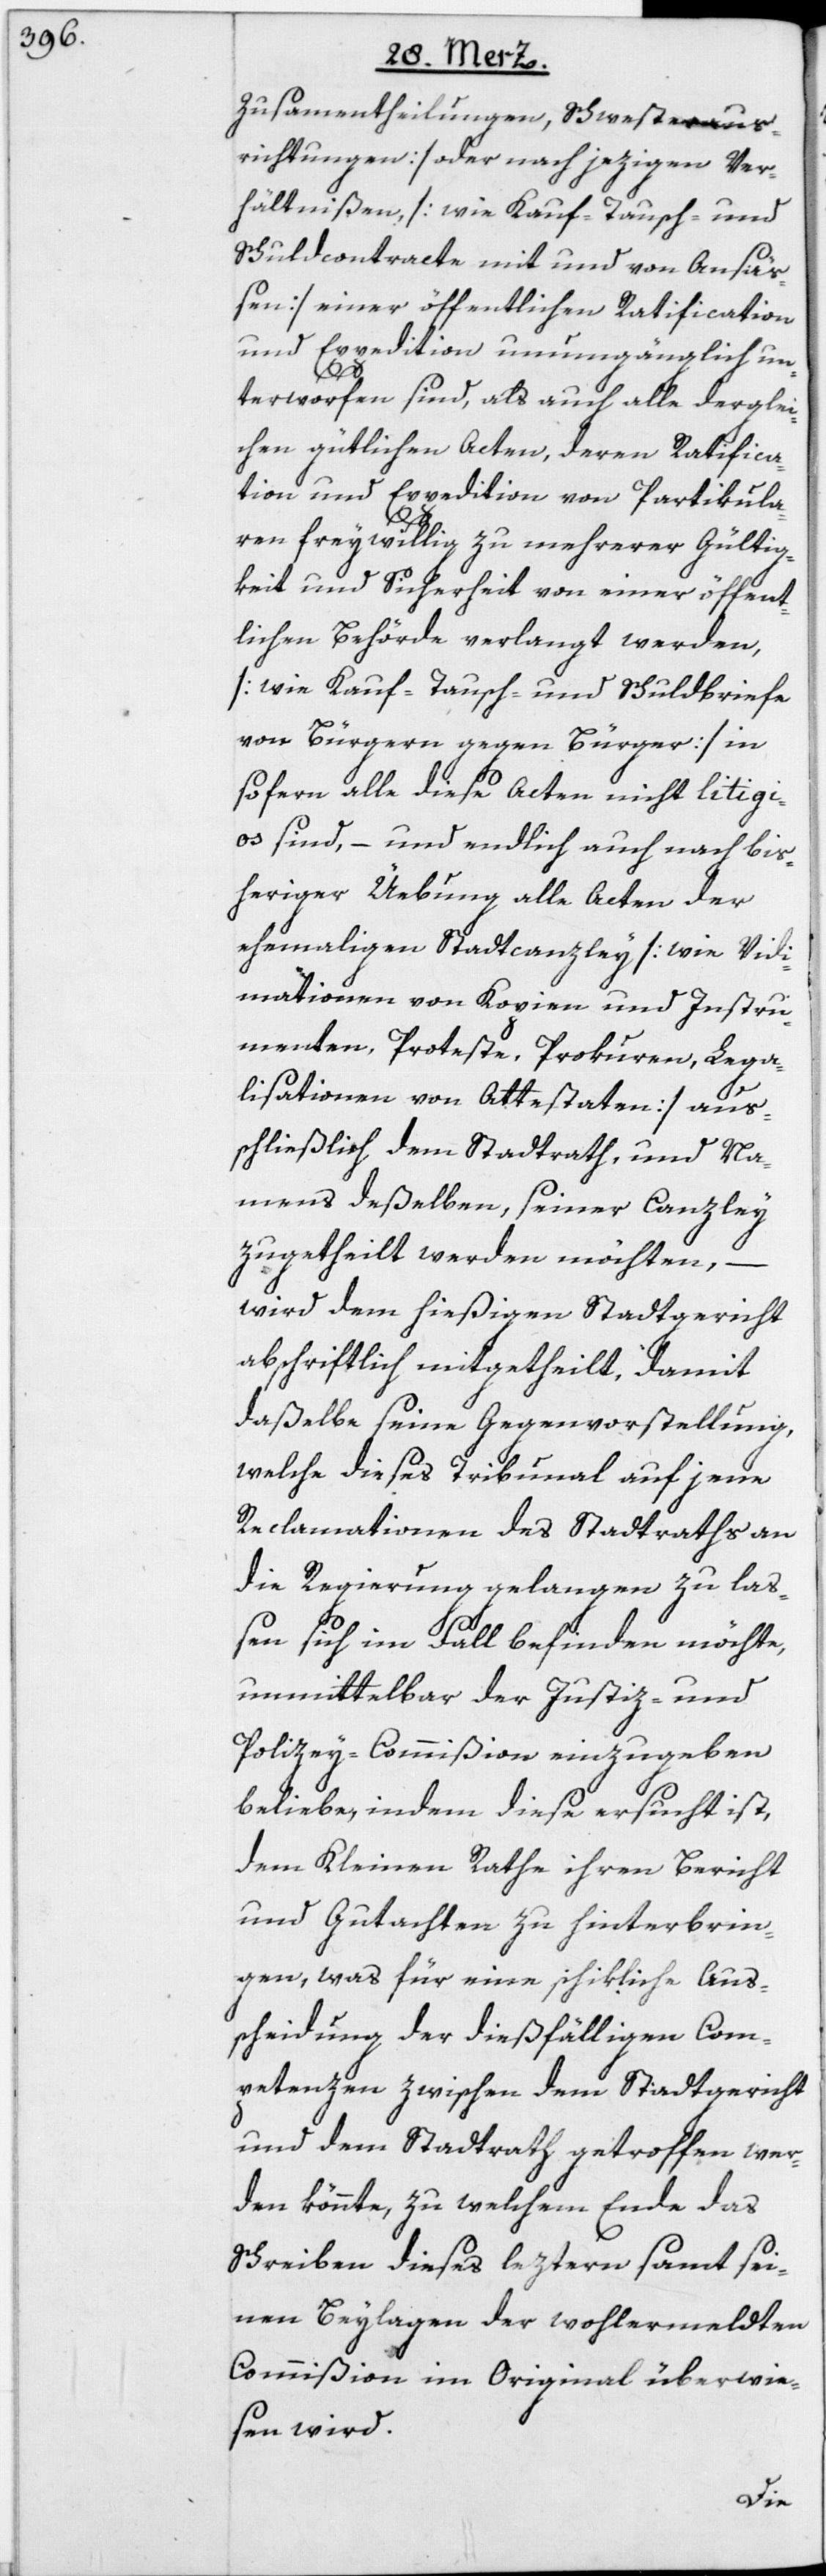
Zusamentheilungen, Schwesteraus¬
richtungen] oder nach jezigen Ver¬
hältnißen, [wie Kauf-[,] Tausch- und
Schuldcontracte mit und von Ansäß¬
en] einer öffentlichen Ratification
und Expedition unumgänglich un¬
terworfen sind, als auch alle derglei¬
chen gütlichen Acten, deren Ratifica¬
tion und Expedition von Partikula¬
ren freywillig zu mehrerer Gültig¬
keit und Sicherheit von einer öffent¬
lichen Behörde verlangt werden,
[wie Kauf-[,] Tausch- und Schuldbriefe
von Bürgern gegen Bürger] in
sofern alle diese Acten nicht litigi¬
os sind, – und endlich auch nach bis¬
heriger Üebung alle Acten der
ehemaligen Stadtcanzley [wie Vid¬
imationen von Kopien und Instru¬
menten, Proteste, Prokuren, Lega¬
lisationen von Attestaten] aus¬
schließlich dem Stadtrath, und Na¬
mens deßelben, seiner Canzley
zugetheilt werden möchten, –
wird dem hießigen Stadtgericht
abschriftlich mitgetheilt, damit
daßelbe seine Gegenvorstellung,
welche dieses Tribunal auf jene
Reclamationen des Stadtraths an
die Regierung gelangen zu laß¬
en sich im Fall befinden möchte,
unmittelbar der Justiz- und
Polizey-Commißion einzugeben
beliebe, indem diese ersucht ist,
dem Kleinen Rathe ihren Bericht
und Gutachten zu hinterbrin¬
gen, was für eine schikliche Aus¬
scheidung der dießfälligen Com¬
petenzen zwischen dem Stadtgericht
und dem Stadtrath getroffen wer¬
den könnte, zu welchem Ende das
Schreiben dieses leztern samt sei¬
nen Beylagen der wohlermeldten
Commißion im Original überwie¬
sen wird.